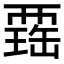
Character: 𧟾